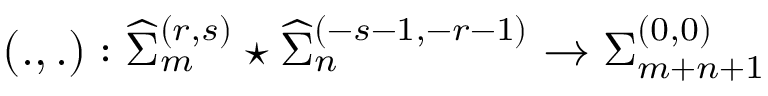
\left( . , . \right) : { \widehat \Sigma } _ { m } ^ { ( r , s ) } \star { \widehat \Sigma } _ { n } ^ { ( - s - 1 , - r - 1 ) } \rightarrow { \Sigma } _ { m + n + 1 } ^ { ( 0 , 0 ) }